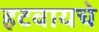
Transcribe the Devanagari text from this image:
हटवायचे